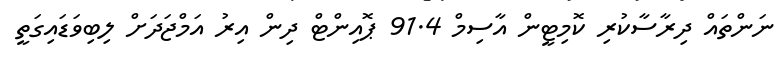
ނަންތައް ދިރާސާކުރި ކޮމިޓީން އާސިމް 91.4 ޕޮއިންޓް ދިން އިރު އަމްޖަދަށް ލިބިވަޑައިގަތީ